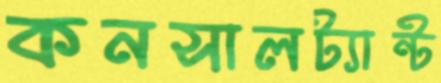
কনসালট্যান্ট